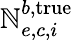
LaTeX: \mathbb{N}_{e,c,i}^{b,\mathrm{{true}}}